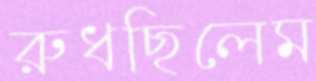
রুধছিলেম